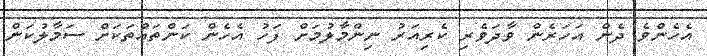
އެހެންވެ ދެން އަހަރެން ވާދަވެރި ކެރިއަރު ނިންމާލުމަށް ފަހު އެހެން ކަންތައްތަކަށް ސަމާލުކަން